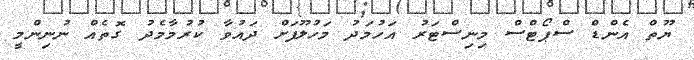
ޔޫތް އެންޑް ސްޕޯޓްސް މިނިސްޓަރު އަހުމަދު މަހުލޫފަށް ދައުވާ ކުރުމާމެދު ގޮތެއް ނުނިންމީ